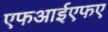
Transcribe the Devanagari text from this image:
एफआईएफए